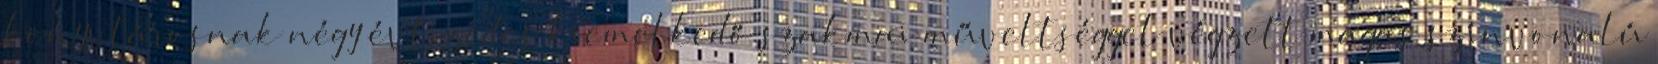
könyvtárosnak négy évtizedes kiemelkedő szakmai műveltséggel végzett magas színvonalú